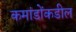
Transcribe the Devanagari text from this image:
कमांडोंकडील